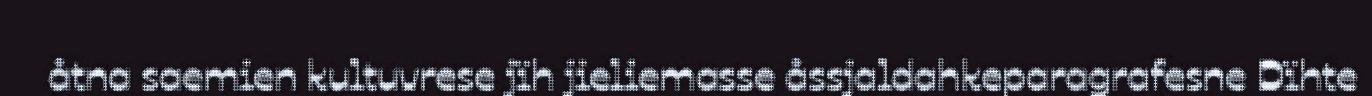
åtna saemien kultuvrese jïh jieliemasse åssjaldahkeparagrafesne Dïhte